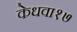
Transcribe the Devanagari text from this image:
केधवा१७